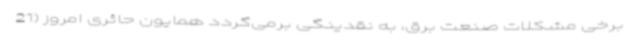
برخی مشکلات صنعت برق، به نقدینگی برمی‌گردد همایون حائری امروز (21